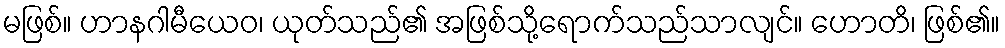
မဖြစ်။ ဟာနဂါမီယေဝ၊ ယုတ်သည်၏ အဖြစ်သို့ရောက်သည်သာလျင်။ ဟောတိ၊ ဖြစ်၏။